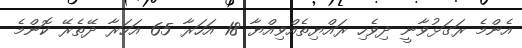
އެންމެ ރަގަޅުވާނީ ދިވެހި ރައްޔިތެއްވިއްޔާ 18 އަހަރާ 65 އަހަރާ ދޭތެރޭ ކޮންމެ